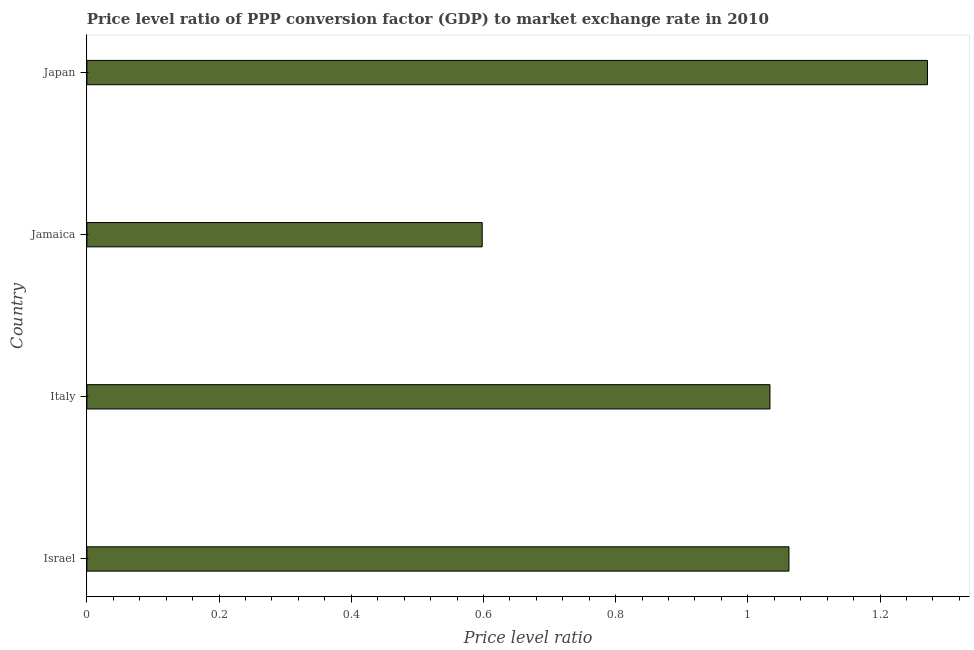
| Country | Price level ratio |
 | --- | --- |
 | Israel | 1.06 |
 | Italy | 1.03 |
 | Jamaica | 0.598 |
 | Japan | 1.27 |